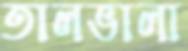
তালভালা